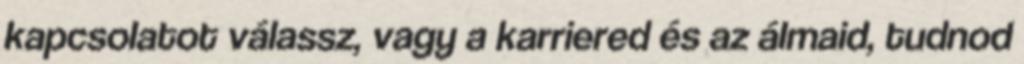
kapcsolatot válassz, vagy a karriered és az álmaid, tudnod